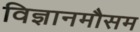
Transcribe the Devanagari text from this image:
विज्ञानमौसम